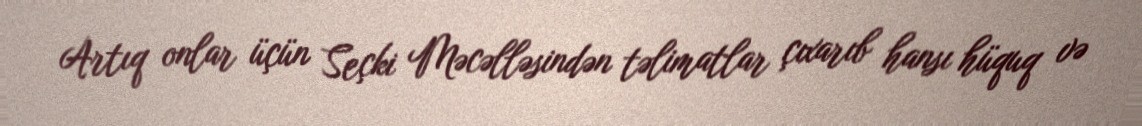
Artıq onlar üçün Seçki Məcəlləsindən təlimatlar çıxarıb hansı hüquq və